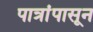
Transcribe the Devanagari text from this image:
पात्रांपासून